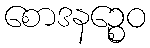
စောဒနဉ္စေဝ